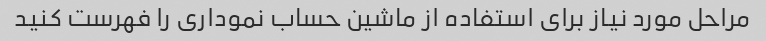
مراحل مورد نیاز برای استفاده از ماشین حساب نموداری را فهرست کنید